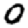
Digit: 0